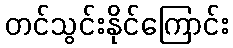
တင်သွင်းနိုင်ကြောင်း